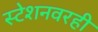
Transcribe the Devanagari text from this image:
स्टेशनवरही